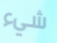
شيء